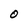
Character: 0